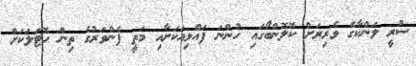
ސުރީ ލަންކާގެ ވެރިރަށް ކޮލޮންބޯގައި ހުންނަ ފައްޅިއަކަށާއި މަތީ ފެންވަރުގެ ތިން ހޮޓަލަކަށް